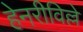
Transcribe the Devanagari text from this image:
हेनरीविल्ले